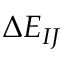
\Delta E _ { I J }